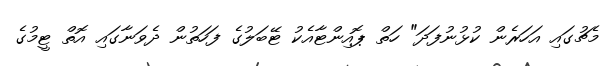
މެޗުގައި އަހަރެން ކުޅުނުފަދަ" ހަތް ޕޮއިންޓާއެކު ޓޭބަލުގެ ފަހަތުން ދެވަނާގައި އޮތް ޓީމުގެ